Vana-Vandra_vallavalitsus, lk 16
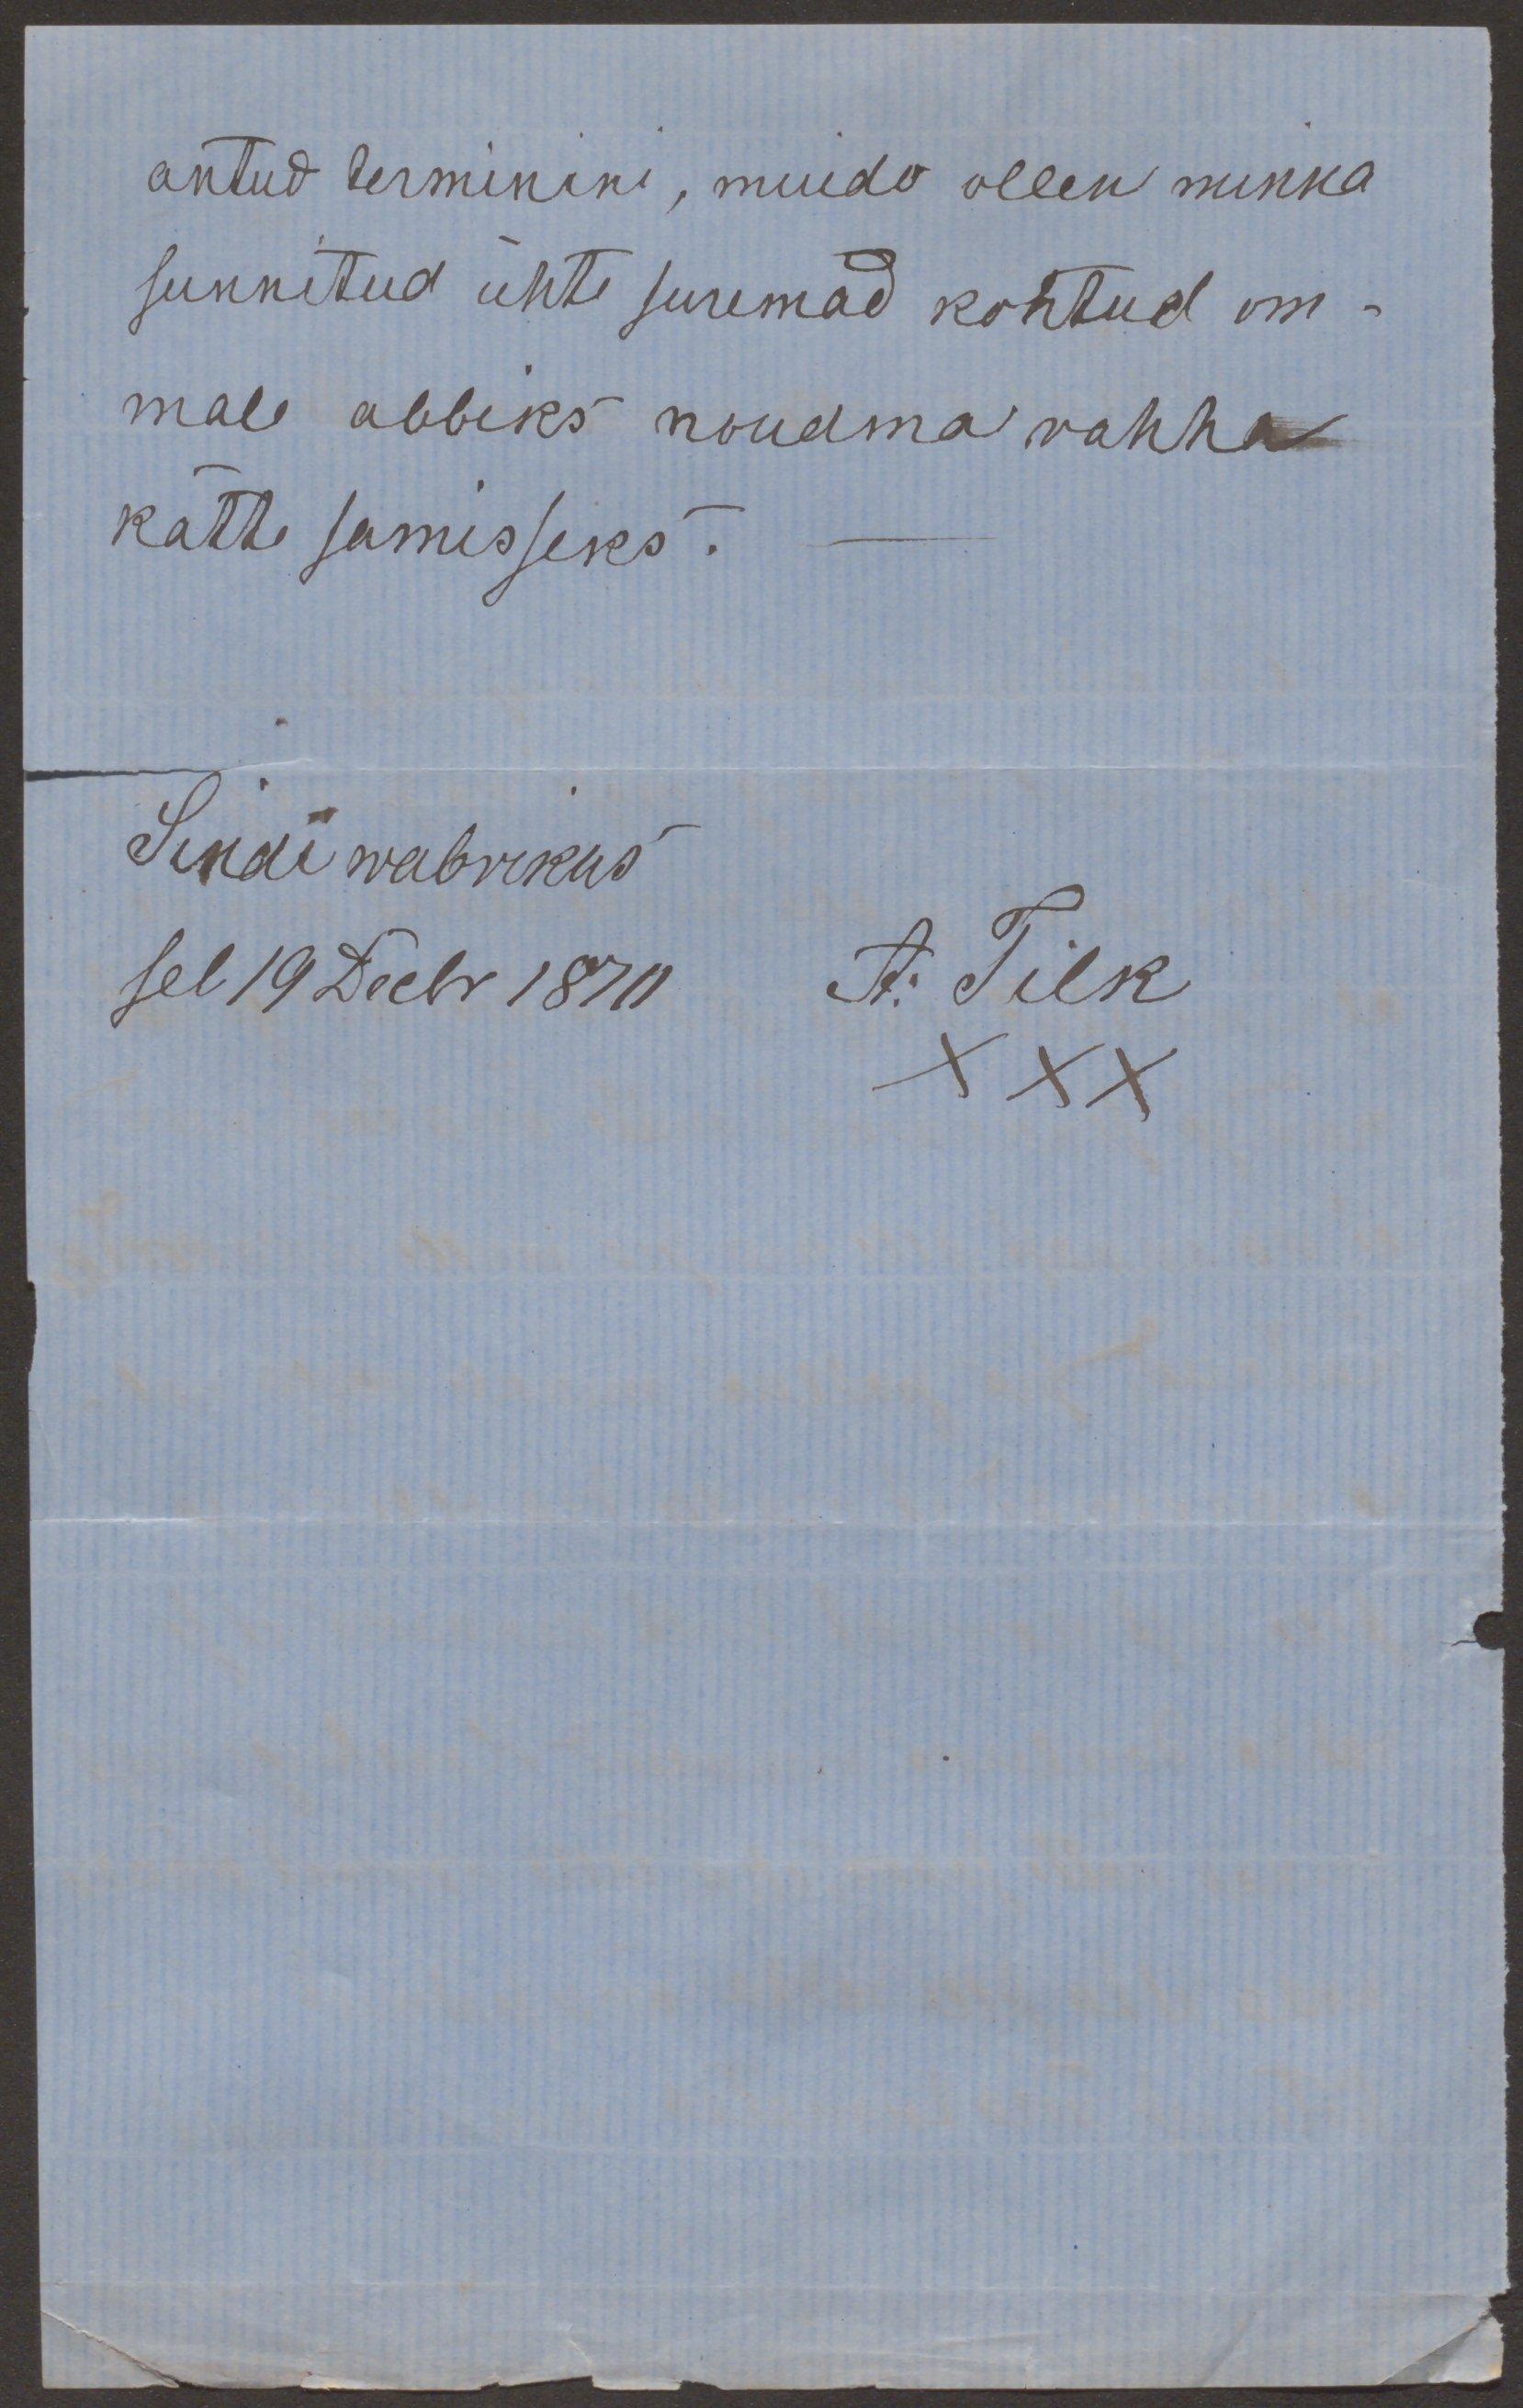
antud terminini, muidu ollen minna
sunnitud ühte suremad kohtud om-
male abbiks nõudma rahha
kätte samisseks.
Sindi wabrikus
sel 19 Decbr 1870 A. Tilk